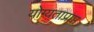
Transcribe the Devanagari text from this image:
योग्यताप्राप्त